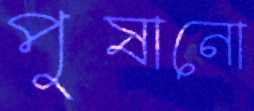
পুষানো